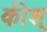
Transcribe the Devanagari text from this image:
कीश्